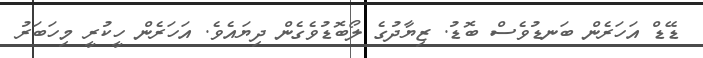
ޑޭޑް އަހަރެން ބަނޑުވެސް ބޮޑު. ޒިޔާދުގެ ލޯބޮޑުވެގެން ދިޔައެވެ. އަހަރެން ހީކުރީ މިހަބަރު